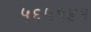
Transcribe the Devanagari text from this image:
५६५१४१